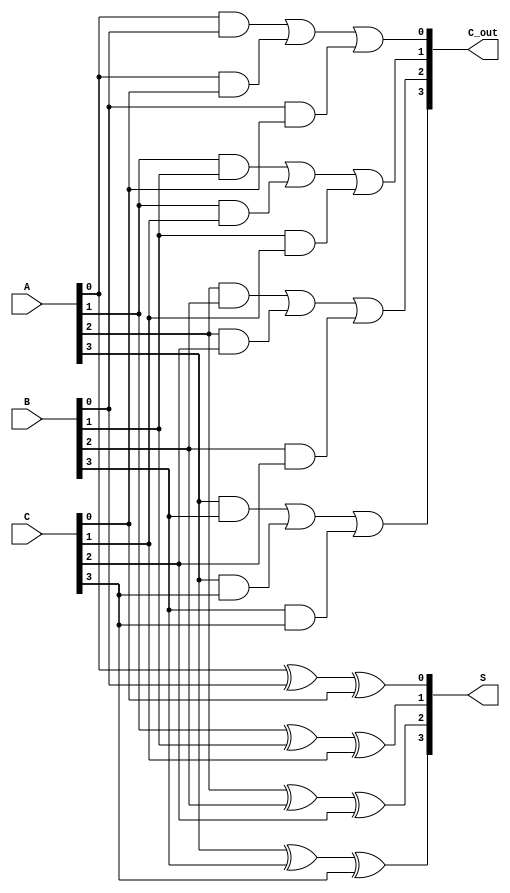
module carry_save_adder (
    input [3:0] A,    // First operand
    input [3:0] B,    // Second operand
    input [3:0] C,    // Third operand
    output [3:0] S,   // Sum output
    output [3:0] C_out // Carry output
);

    wire [3:0] sum;   // Intermediate sums
    wire [3:0] carry; // Intermediate carries

    // Full Adder for bit 0
    assign sum[0] = A[0] ^ B[0] ^ C[0];
    assign carry[0] = (A[0] & B[0]) | (A[0] & C[0]) | (B[0] & C[0]);

    // Full Adder for bit 1
    assign sum[1] = A[1] ^ B[1] ^ C[1];
    assign carry[1] = (A[1] & B[1]) | (A[1] & C[1]) | (B[1] & C[1]);

    // Full Adder for bit 2
    assign sum[2] = A[2] ^ B[2] ^ C[2];
    assign carry[2] = (A[2] & B[2]) | (A[2] & C[2]) | (B[2] & C[2]);

    // Full Adder for bit 3
    assign sum[3] = A[3] ^ B[3] ^ C[3];
    assign carry[3] = (A[3] & B[3]) | (A[3] & C[3]) | (B[3] & C[3]);

    // Output assignment
    assign S = sum;
    assign C_out = carry;

endmodule